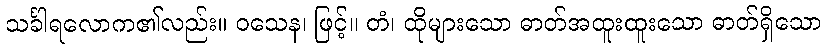
သင်္ခါရလောက၏လည်း။ ဝသေန၊ ဖြင့်။ တံ၊ ထိုများသော ဓာတ်အထူးထူးသော ဓာတ်ရှိသော